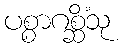
ပစ္စာဂစ္ဆိံသု